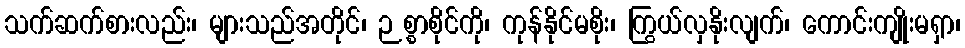
သက်ဆက်စားလည်း၊ များသည်အတိုင်၊ ဉစ္စာစိုင်ကို၊ ကုန်နိုင်မစိုး၊ ကြွယ်လှနိုးလျက်၊ ကောင်းကျိုးမရှာ၊